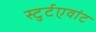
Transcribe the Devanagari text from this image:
स्टुर्टएवांट